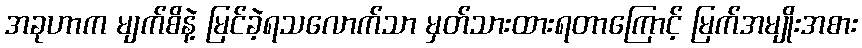
အခုဟာက မျက်စိနဲ့ မြင်ခဲ့ရသလောက်သာ မှတ်သားထားရတာကြောင့် မြက်အမျိုးအစား